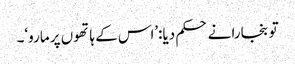
تو بنجارا نے حکم دیا:’اس کے ہاتھوں پر مارو‘۔